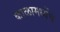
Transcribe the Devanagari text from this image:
काळामध्येंच